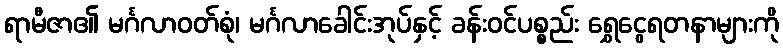
ရာမီဇာ၏ မင်္ဂလာဝတ်စုံ၊ မင်္ဂလာခေါင်းအုပ်နှင့် ခန်းဝင်ပစ္စည်း ရွှေငွေရတနာများကို